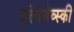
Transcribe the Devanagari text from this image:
इल्यिचेव्स्की